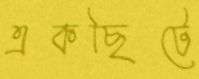
একছিটে